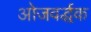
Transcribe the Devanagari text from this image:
ओजवर्द्धक